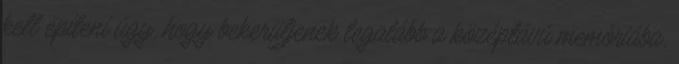
kell építeni úgy, hogy bekerüljenek legalább a középtávú memóriába,